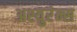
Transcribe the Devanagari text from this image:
अश्युरंन्स